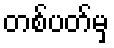
တစ်ပတ်မှ